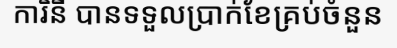
ការិនី បានទទួលប្រាក់ខែគ្រប់ចំនួន